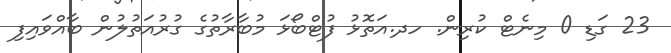
23 ގަޑި 0 މިނެޓް ކުރިން. ހދ.އަތޮޅު ފުޓްބޯޅަ މުބާރާތުގެ ގުރުއަތުލުން ބާއްވައިފި